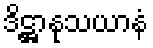
ဒိဋ္ဌာနုသယာနံ